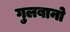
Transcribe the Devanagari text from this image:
गुलबानो